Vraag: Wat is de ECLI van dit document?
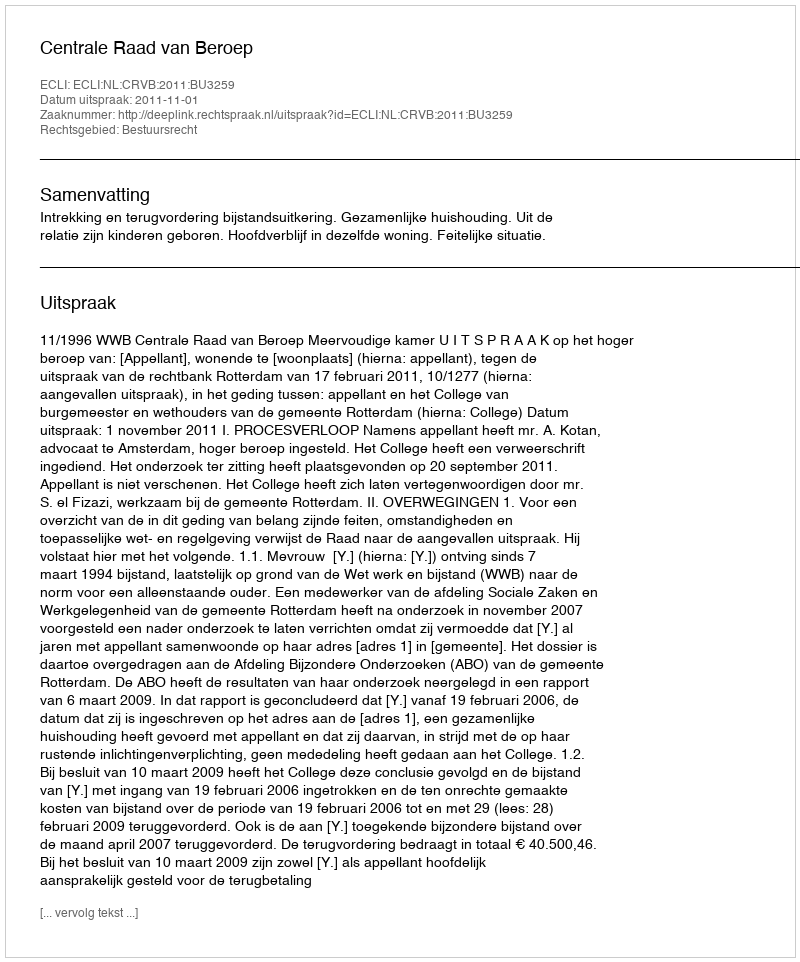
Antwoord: ECLI:NL:CRVB:2011:BU3259